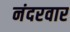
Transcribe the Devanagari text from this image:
नंदरवार